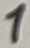
Text: 1